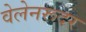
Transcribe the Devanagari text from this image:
वेलेनरूदर